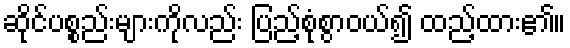
ဆိုင်ပစ္စည်းများကိုလည်း ပြည့်စုံစွာဝယ်၍ ထည့်ထား၏။